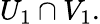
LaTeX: U_{1}\cap V_{1}.